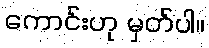
ကောင်းဟု မှတ်ပါ။